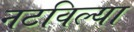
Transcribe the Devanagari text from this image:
नटविल्या